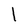
Character: I